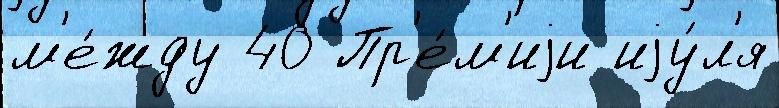
м'е́жду 40 Пр'е́м'иjи иjу́л'я